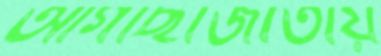
আগাছাজাতীয়